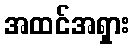
အထင်အရှား